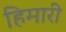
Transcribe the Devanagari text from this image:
हिमारी